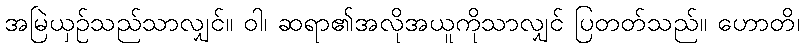
အမြဲယှဉ်သည်သာလျှင်။ ဝါ၊ ဆရာ၏အလိုအယူကိုသာလျှင် ပြတတ်သည်။ ဟောတိ၊